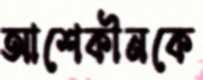
আশেকীনকে